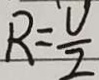
R = \frac { U } { I }